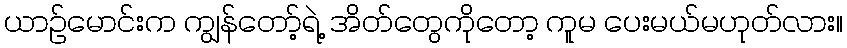
ယာဉ်မောင်းက ကျွန်တော့်ရဲ့ အိတ်တွေကိုတော့ ကူမ ပေးမယ်မဟုတ်လား။